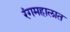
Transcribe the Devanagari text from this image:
रंगमहालात